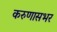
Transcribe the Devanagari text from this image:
करुणासभर